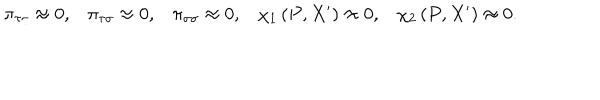
\begin{array} { c c c c c } { { \pi _ { \tau \tau } \approx 0 , } } & { { \pi _ { \tau \sigma } \approx 0 , } } & { { \pi _ { \sigma \sigma } \approx 0 , } } & { { \chi _ { 1 } \left( P , X ^ { \prime } \right) \approx 0 , } } & { { \chi _ { 2 } \left( P , X ^ { \prime } \right) \approx 0 . } } \\ \end{array}